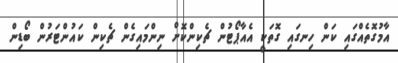
އާމުގޮތެއްގައި ކަން ހިނގައި ގޮތަކީ އެއާޕޯޓުން ޗެކިންކޮށް ނިންމައިގެން ޗެކިން ކައުންޓަރުން ބޯޑިން